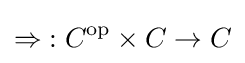
\mathop {\Rightarrow } :C^{\text{op}}\times C\to C